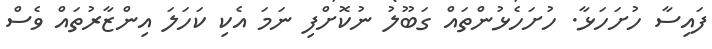
ފައިސާ ހުށަހަޅާ. ހުށަހެޅުންތައް ގަބޫލު ނުކޮށްފި ނަމަ އެކި ކަހަލަ އިންޒާރުތައް ވެސް